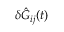
\delta \hat { G } _ { i j } ( t )